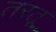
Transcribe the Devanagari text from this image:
तरतू